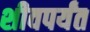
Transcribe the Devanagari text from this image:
शीवपर्यंत